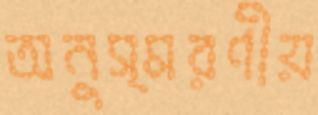
অনুস্মরণীয়